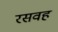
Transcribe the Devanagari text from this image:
रसवह